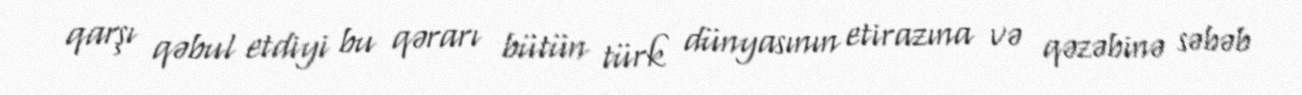
qarşı qəbul etdiyi bu qərarı bütün türk dünyasının etirazına və qəzəbinə səbəb